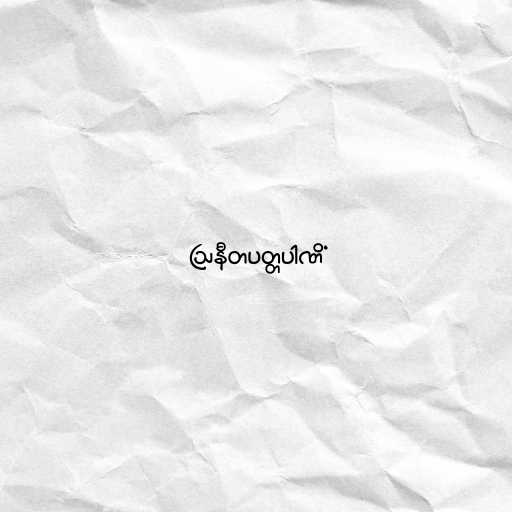
ဩနီတပတ္တပါဏိံ